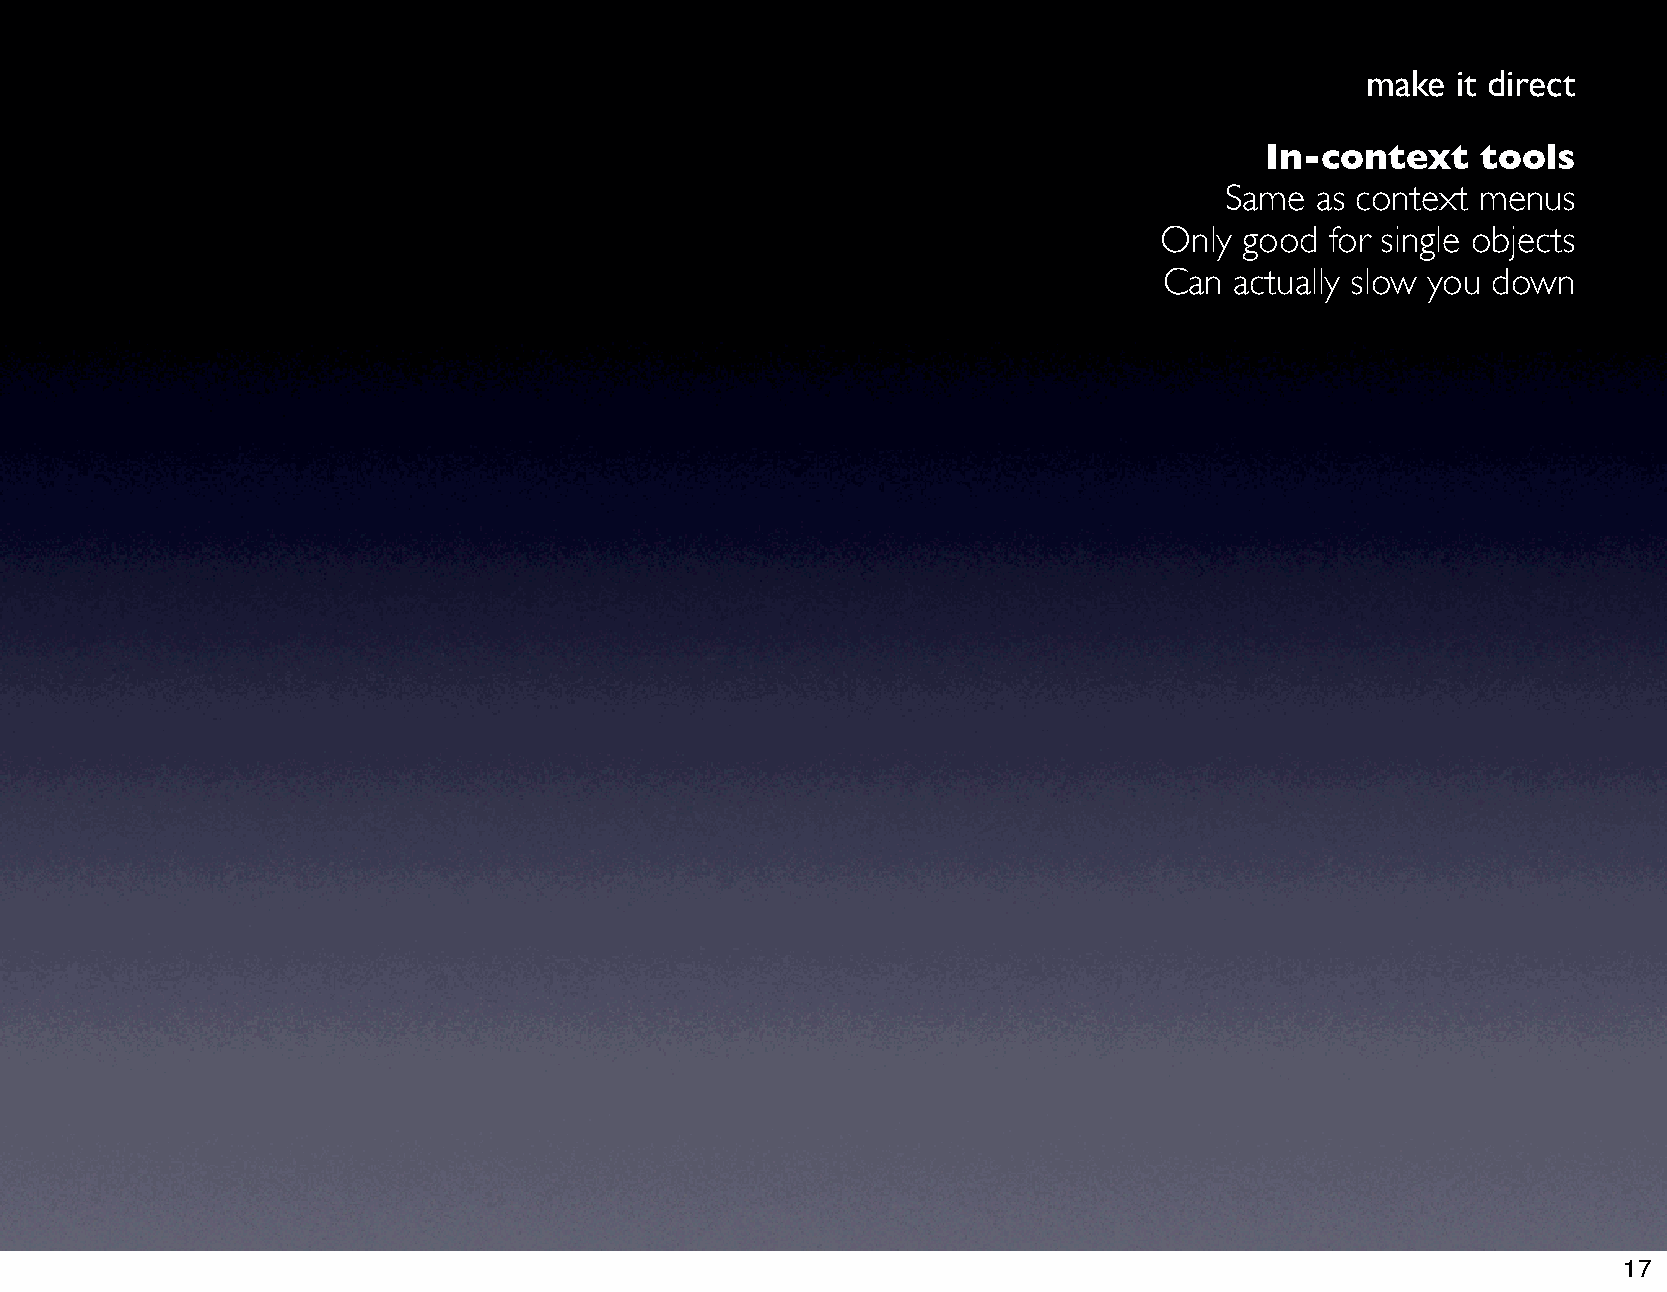
make  it direct
 In-context    tools
 Same  as context menus
 Only good  for single objects
 Can  actually slow you down
 17